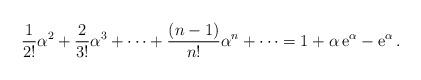
LaTeX: \begin{align*}\frac{1}{2!} \alpha^2 + \frac{2}{3!} \alpha^3 + \dots + \frac{(n-1)}{n!} \alpha^n + \dots = 1 + \alpha\, {\rm e}^\alpha - {\rm e}^\alpha\,.\end{align*}